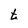
Character: t